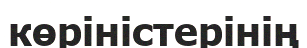
көріністерінің